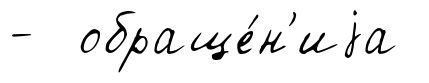
- обраще́н'иjа